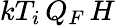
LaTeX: kT_{i}\, Q_{F}\, H